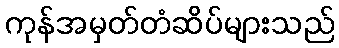
ကုန်အမှတ်တံဆိပ်များသည်